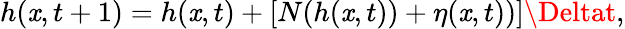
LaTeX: h(\mathit{x},t+1)=h(\mathit{x},t)+[N(h(\mathit{x},t))+\eta(\mathit{x},t))]\Deltat,